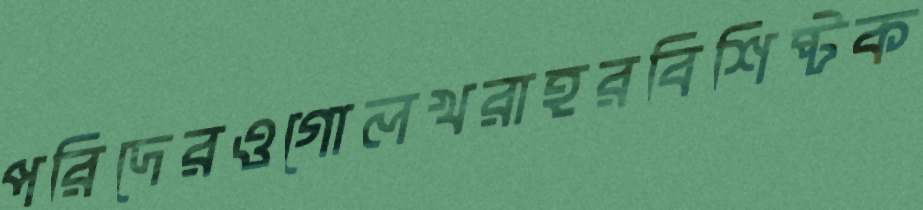
পরিদেরওগোলখরাহরবিশিষ্টক